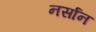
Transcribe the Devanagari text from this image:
नर्सान